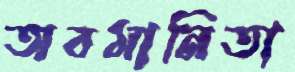
অবমানিতা